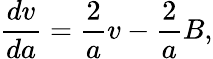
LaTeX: \frac{dv}{da}=\frac 2{a}v-\frac 2{a}B,